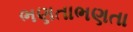
ભણતાભણતા